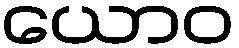
ယောဝ